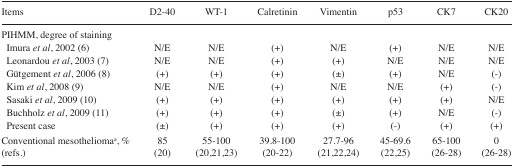
| Items | D2–40 | WT-1 | Calretinin | Vimentin | p53 | CK7 | CK20 |
 | --- | --- | --- | --- | --- | --- | --- | --- |
 | <COLSPAN=8> PIHMM, degree of staining |
 | Imura et al, 2002 (6) | N/E | N/E | (+) | N/E | (+) | N/E | N/E |
 | Leonardou et al, 2003 (7) | N/E | N/E | (+) | (+) | N/E | N/E | N/E |
 | Gütgement et al, 2006 (8) | (+) | (+) | (+) | (±) | (+) | N/E | (−) |
 | Kim et al, 2008 (9) | N/E | N/E | (+) | N/E | N/E | (+) | (−) |
 | Sasaki et al, 2009 (10) | (+) | (+) | (+) | (+) | (+) | (+) | N/E |
 | Buchholz et al, 2009 (11) | (+) | (+) | (+) | (±) | (+) | N/E | (−) |
 | Present case | (±) | (+) | (+) | (+) | (−) | (+) | (+) |
 | Conventional mesotheliomaa, % (refs.) | 85 (20) | 55–100 (20,21,23) | 39.8–100 (20–22) | 27.7–96 (21,22,24) | 45–69.6 (22,25) | 65–100 (26–28) | 0 (26–28) |